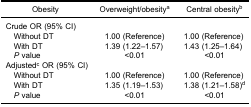
| Obesity | Overweight/obesitya | Central obesityb |
 | --- | --- | --- |
 | <COLSPAN=3> Crude OR (95% CI) |
 | Without DT | 1.00 (Reference) | 1.00 (Reference) |
 | With DT | 1.39 (1.22–1.57) | 1.43 (1.25–1.64) |
 | P value | <0.01 | <0.01 |
 | <COLSPAN=3> Adjustedc OR (95% CI) |
 | Without DT | 1.00 (Reference) | 1.00 (Reference) |
 | With DT | 1.35 (1.19–1.53) | 1.38 (1.21–1.58)d |
 | P value | <0.01 | <0.01 |